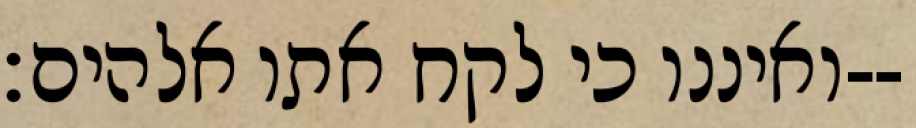
ואיננו כי לקח אתו אלהים׃--